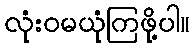
လုံးဝမယုံကြဖို့ပါ။